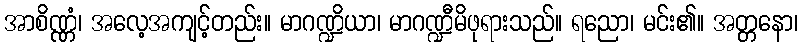
အာစိဏ္ဏံ၊ အလေ့အကျင့်တည်း။ မာဂဏ္ဍိယာ၊ မာဂဏ္ဍီမိဖုရားသည်။ ရညော၊ မင်း၏။ အတ္တနော၊